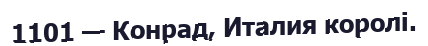
1101 — Конрад, Италия королі.